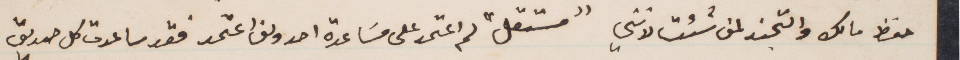
حفظ مالك والتجند لمن شئت لانني "مستقل" ولم اعتمد على مساعدة احد ولن اعتمد فقد ساعدت كل صديق